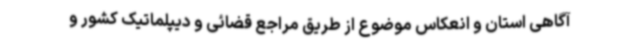
آگاهی استان و انعکاس موضوع از طریق مراجع قضائی و دیپلماتیک کشور و